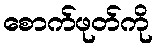
စောက်ဖုတ်ကို